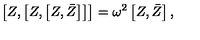
\left[ Z , \left[ Z , \left[ Z , \bar { Z } \right] \right] \right] = \omega ^ { 2 } \left[ Z , \bar { Z } \right] ,